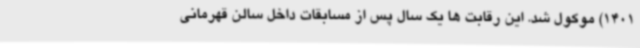
1401) موکول شد. این رقابت ها یک سال پس از مسابقات داخل سالن قهرمانی